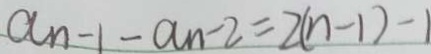
a _ { n - 1 } - a _ { n } - 2 = 2 ( n - 1 ) - 1